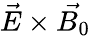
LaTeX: \vec{E}\times\vec{B_{0}}